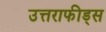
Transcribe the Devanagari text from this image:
उत्तराफीड्स